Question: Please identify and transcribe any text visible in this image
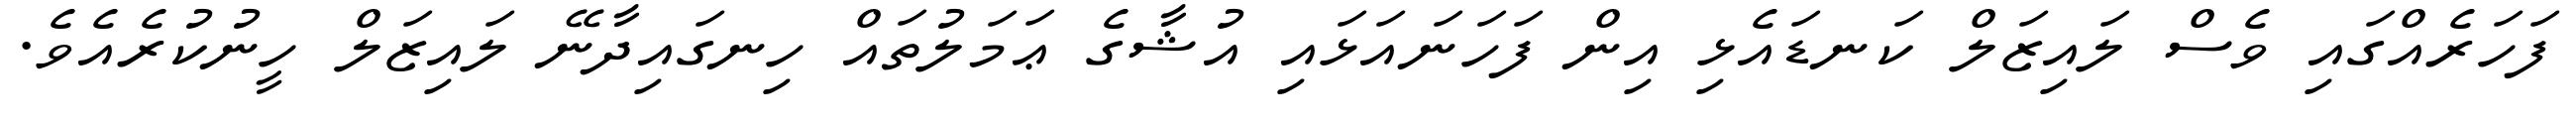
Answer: ފަހަރެއްގައި ވެސް ލައިޒަލް ކަނޑައެޅި އިން ފަހަނައަޅައި އުޝާގެ ޢަމަލުތައް ހިނގައިދާނޭ ލައިޒަލް ހީނުކުރެއެވެ.